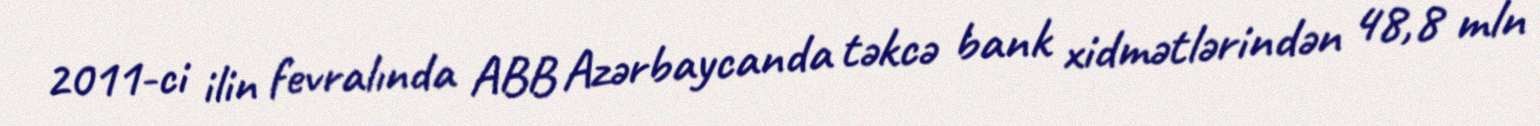
2011-ci ilin fevralında ABB Azərbaycanda təkcə bank xidmətlərindən 48,8 mln